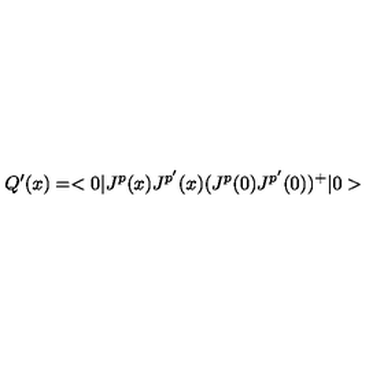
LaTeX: Q ^ { \prime } ( x ) = < 0 | J ^ { p } ( x ) J ^ { p ^ { \prime } } ( x ) ( J ^ { p } ( 0 ) J ^ { p ^ { \prime } } ( 0 ) ) ^ { + } | 0 >